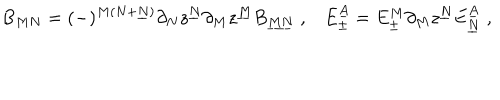
B _ { M N } = ( - ) ^ { M ( N + \underline { { { N } } } ) } \partial _ { N } z ^ { \underline { { { N } } } } \partial _ { M } z ^ { \underline { { { M } } } } B _ { \underline { { { M N } } } } \; , E _ { \pm } ^ { \underline { { { A } } } } = E _ { \pm } ^ { M } \partial _ { M } z ^ { \underline { { { N } } } } E _ { \underline { { { N } } } } ^ { \underline { { { A } } } } \; ,